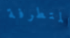
المتطرفة